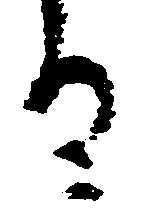
る